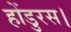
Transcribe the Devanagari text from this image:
होंडुरस।